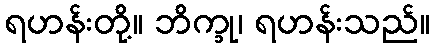
ရဟန်းတို့။ ဘိက္ခု၊ ရဟန်းသည်။